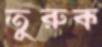
তুরুক